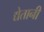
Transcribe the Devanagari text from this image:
द्येतानी